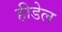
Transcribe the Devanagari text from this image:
हीडेल